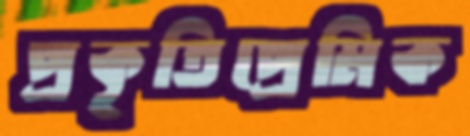
প্রকৃতিপ্রেমিক